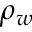
\rho _ { w }